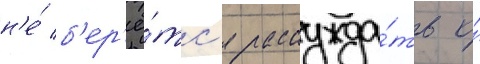
н'е́ б'ер'ё́тс'я рассужда́ть о́